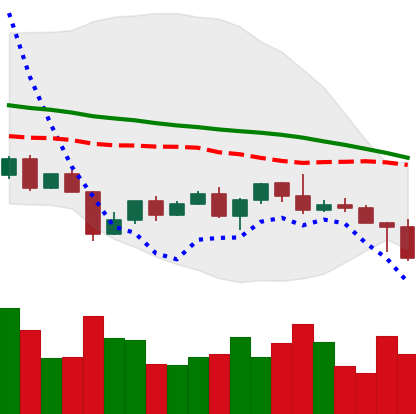
Ticker: NEO-USD
Chart end date: 2022-04-26
Forward return: -4.699%
Label: down_3_5